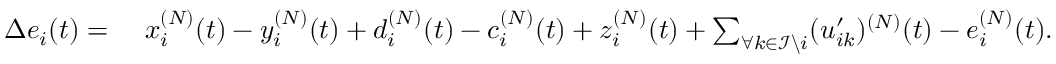
\begin{array} { r l } { \Delta e _ { i } ( t ) = } & { ~ x _ { i } ^ { ( N ) } ( t ) - y _ { i } ^ { ( N ) } ( t ) + d _ { i } ^ { ( N ) } ( t ) - c _ { i } ^ { ( N ) } ( t ) + z _ { i } ^ { ( N ) } ( t ) + \sum _ { \forall k \in \mathcal { I } \backslash i } ( u _ { i k } ^ { \prime } ) ^ { ( N ) } ( t ) - e _ { i } ^ { ( N ) } ( t ) . } \end{array}